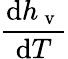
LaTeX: \frac{\mathrm{d}h_{\mathrm{~v~}}}{\mathrm{d}T}